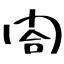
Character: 閤